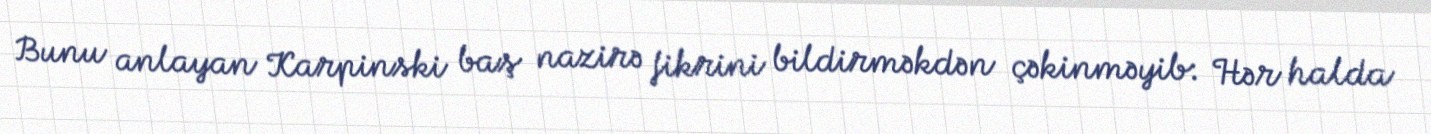
Bunu anlayan Karpinski baş nazirə fikrini bildirməkdən çəkinməyib: Hər halda